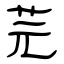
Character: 芫